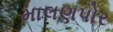
માલણપોર